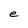
Character: e